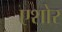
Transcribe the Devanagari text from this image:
एशोर